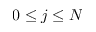
0 \le j \le N